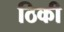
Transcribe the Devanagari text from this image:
ठिकी